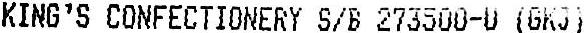
KING'S CONFECTIONERY S/B 273500-U (GKJ)